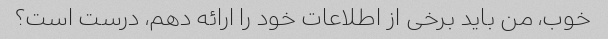
خوب، من باید برخی از اطلاعات خود را ارائه دهم، درست است؟